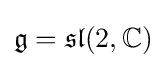
{\mathfrak {g}}={\mathfrak {sl}}(2,\mathbb {C} )